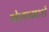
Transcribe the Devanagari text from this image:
खेलतमाशे